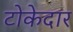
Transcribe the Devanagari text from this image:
टोकेदार